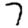
Digit: 7